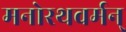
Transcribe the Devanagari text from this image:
मनोरथवर्मन्